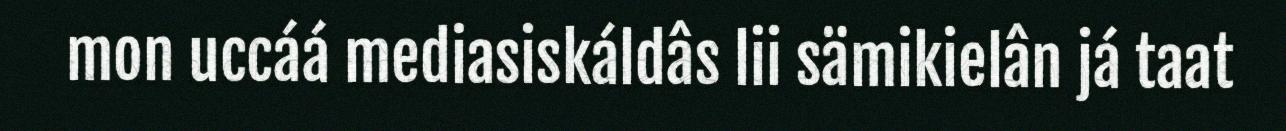
mon uccáá mediasiskáldâs lii sämikielân já taat